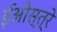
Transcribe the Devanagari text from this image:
ईओस्त्रे